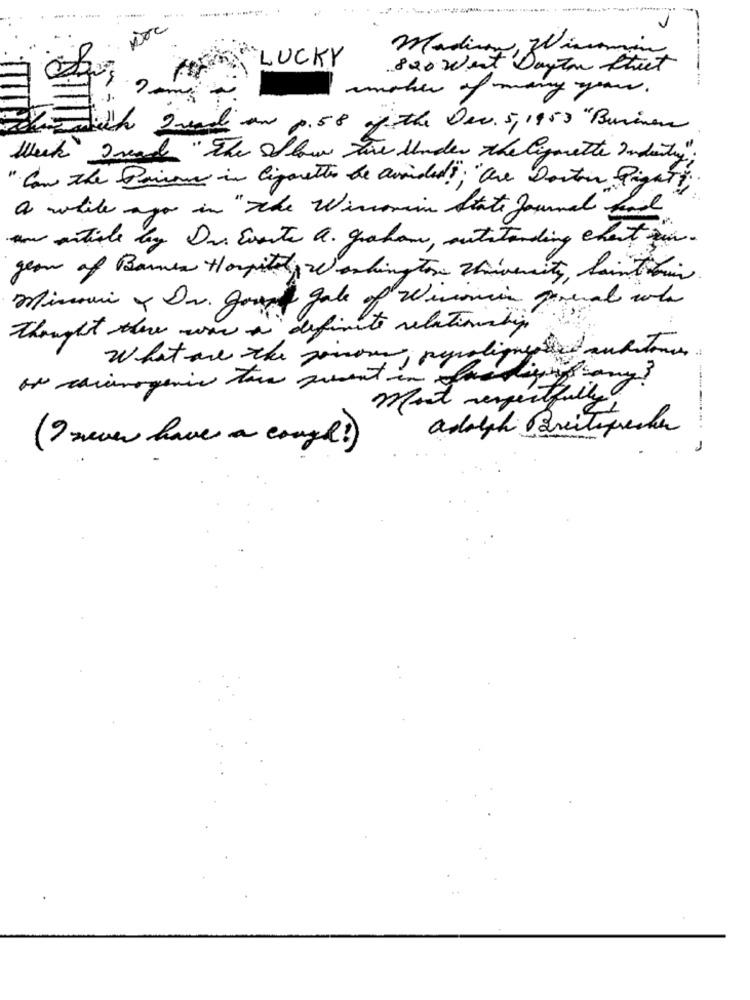
Madison, Winomin
LUCKY
820 West Dayton Street
maker of many years .
standich Lund an p.58 of the On. 5,1950 "Buinen
Week Iread "The Ilw tore Under the Cigarette Industry"
" Con the Pairing in Cigarettes the avoided ?; "Che Donton Right .
a while ago in " The Wincomin State Journal Bad
an article by Dr. Evarte a. graham, outstanding chest zin.
gears of Bares Hospital, Washington University, laintrin
Minoui y Dr. Josef gale of Wisconsin Forral who
thought there was a definite relationaly
What are the joinour,
Mart respectfully
adolph Breitsprecher
(9 never have a cough!)
-------